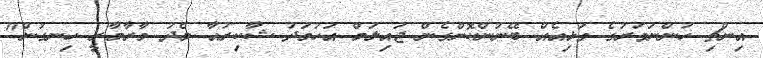
އިންޗި ހުންނަވަރުގެ ވަޅިއެއް ބޭނުންކޮށްގެން ޖައިލަމް އަހުމަދު ޝާކިރުއާ މެދު މާރާމާރީ ހިނގުން"